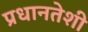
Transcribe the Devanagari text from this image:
प्रधानतेशी